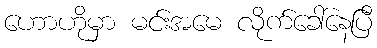
ဟောဟိုမှာ မင်းအမေ လိုက်ခေါ်နေပြီ